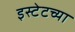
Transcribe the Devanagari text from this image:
इस्टेटच्या